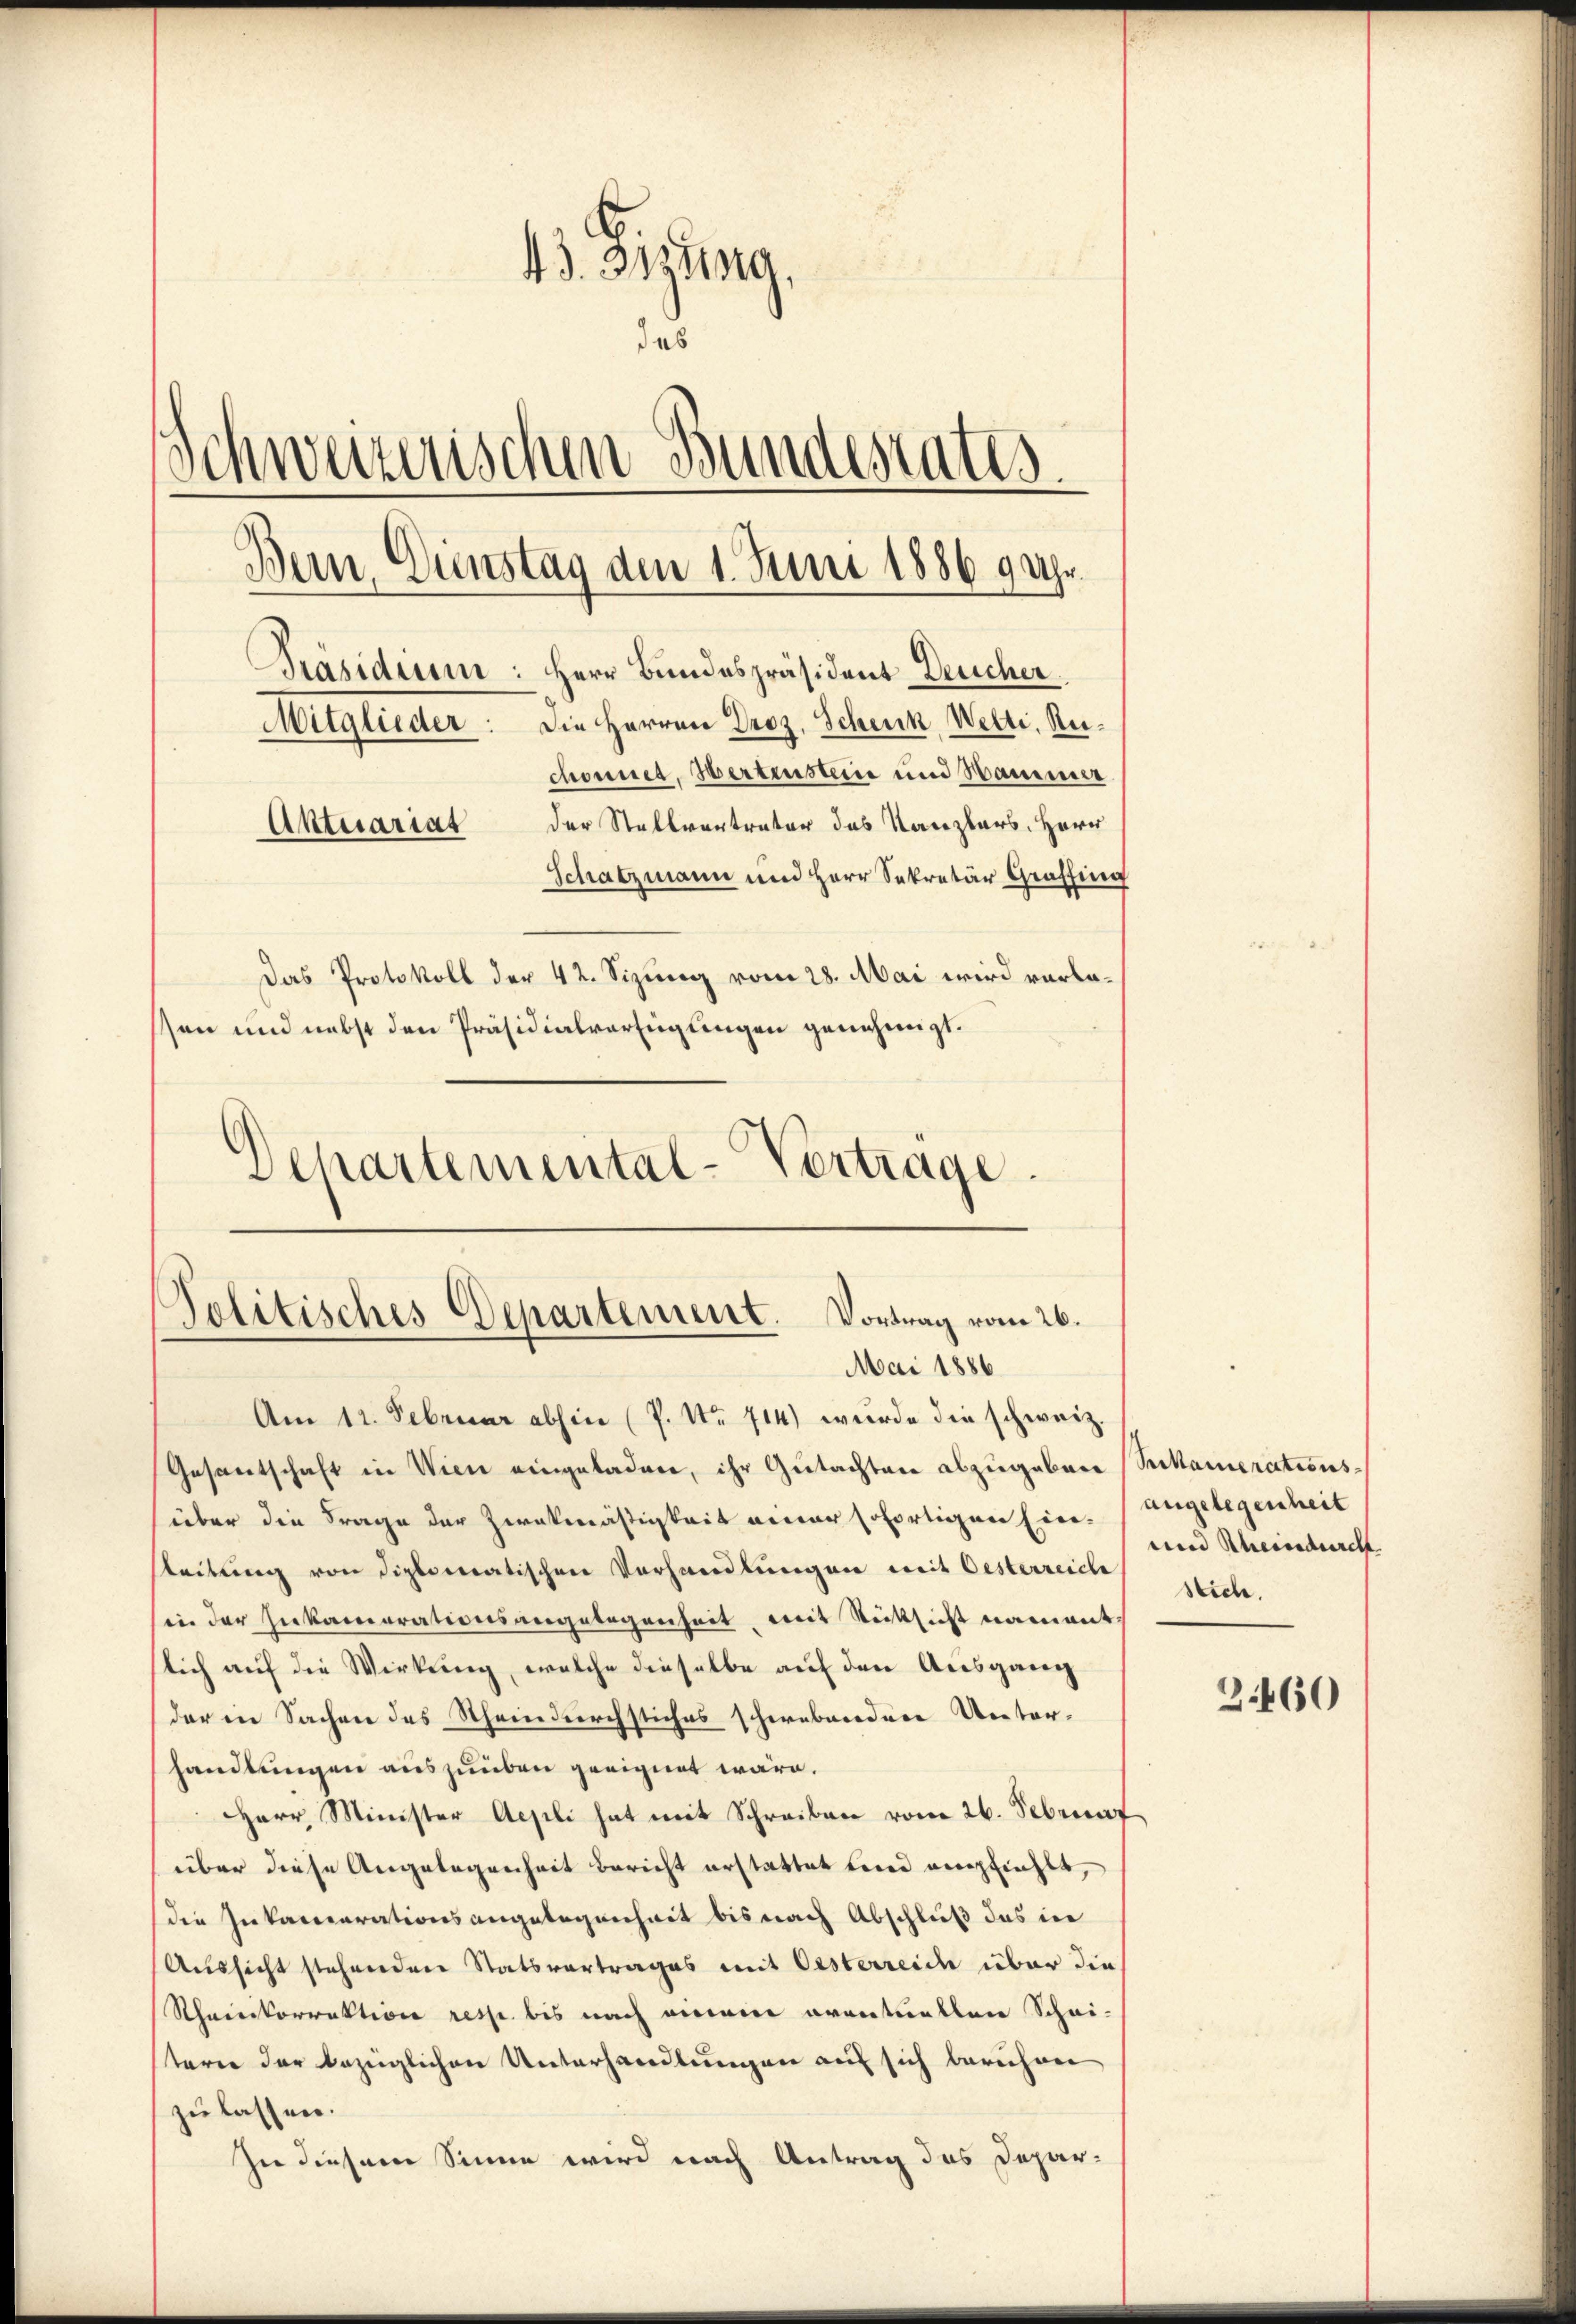
43. 3izung.
das
Schweizerischen Bundesrates.
Dein Gunstag dem 1. Juni 18869 Uhr.
Präsidium: Herr Bundespräsident Deucher
Mitglieder. Die Herren Droz, Schenk, Welti, Ruchonnet, Hertensteine und Hammer
der Stellvertreter des Kanzlers. Herr
Aktuariat
Schatzmann und Herr Sekretär Graffing
Das Protokoll der 42. Sizung vom 28. Mai wird vorlassen und nebst den Präsidialverfügungen genehmigt.
Departemental-Vertrage

Am 12. Februar abhin (P. Nr. 714) wurde die schweiz.
Gesandtschaft in Wien eingeladen, ihr Gutachten abzugeben (Seikamerationsüber die Frage der Zweckmäßigkeit einer sofortigen Einsteilung von diplomatischen Vorhandlungen mit Oesterreiche
sin der Zukamerationsangelegenheit, mit Rücksicht namentlich auf die Wirkung, welche dieselbe auf den Ausgang
(der in Sachen des Rheindurchstiches schwebenden Unter-
handlungen auszuüben geeignet wäre.
Herr Minister Aegili hat mit Schreiben vom 26. Februar
über diese Angelegenheit bericht erstattet und empfiehlt,
die Inkamparationsangelegenheit bis nach Abschluß das in
Aussicht stehenden Statsvertrages mit Oesterreich über die
Rhaieskorrektion resse bis nach einem eventuellene Schei-
terer der bezüglichen Unterhandlŭngen auf sich berühren
zu lassen.
In diesem Sinne wird nach Antrag des Depar-

Politisches Departement. Vortrag vom 26.
Mai 1886

angelegenheit
und Rheinsdurch
stich.

3460